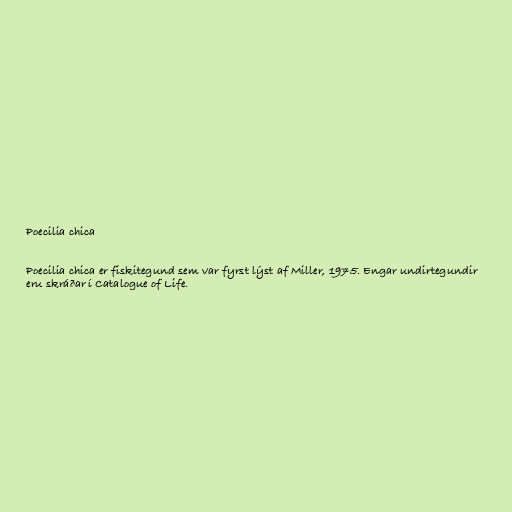
Poecilia chica

Poecilia chica er fiskitegund sem var fyrst lýst af Miller, 1975. Engar undirtegundir
eru skráðar í Catalogue of Life.